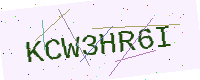
Text: KCW3HR6I